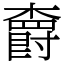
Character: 𣝣